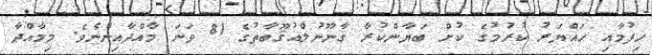
ހިފުމާއި ހައްޔަރު ކުރުމުގެ ކުށް ބަޔާންކުރާ ޤާނޫނުލްއުޤޫބާތުގެ 81 ވަނަ މާއްދާއިންނެވެ. މިމާއްދާ